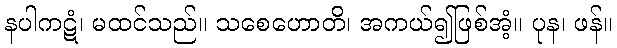
နပါကဋံ၊ မထင်သည်။ သစေဟောတိ၊ အကယ်၍ဖြစ်အံ့။ ပုန၊ ဖန်။